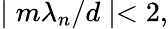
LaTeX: \mid m\lambda_{n}/d\mid<2,